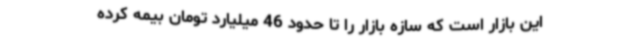
این بازار است که سازه بازار را تا حدود 46 میلیارد تومان بیمه کرده